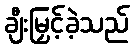
ချီးမြှင့်ခဲ့သည်